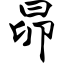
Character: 昴